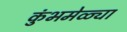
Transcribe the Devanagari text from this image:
कुंभमेळ्या